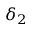
\delta _ { 2 }